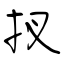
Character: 扠